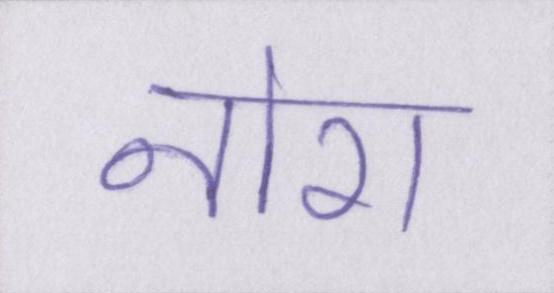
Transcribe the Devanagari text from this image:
नोरा